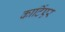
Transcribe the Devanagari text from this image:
कार्टिएर